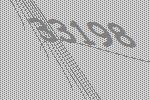
33198